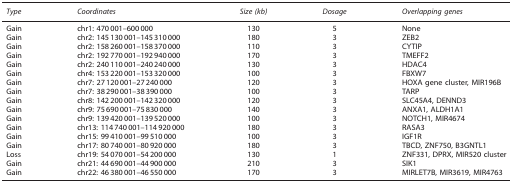
| Type | Coordinates | Size (kb) | Dosage | Overlapping genes |
 | --- | --- | --- | --- | --- |
 | Gain | chr1: 470 001–600 000 | 130 | 5 | None |
 | Gain | chr2: 145 130 001–145 310 000 | 180 | 3 | ZEB2 |
 | Gain | chr2: 158 260 001–158 370 000 | 110 | 3 | CYTIP |
 | Gain | chr2: 192 770 001–192 940 000 | 170 | 3 | TMEFF2 |
 | Gain | chr2: 240 110 001–240 240 000 | 130 | 3 | HDAC4 |
 | Gain | chr4: 153 220 001–153 320 000 | 100 | 3 | FBXW7 |
 | Gain | chr7: 27 120 001–27 240 000 | 120 | 3 | HOXA gene cluster, MIR196B |
 | Gain | chr7: 38 290 001–38 390 000 | 100 | 3 | TARP |
 | Gain | chr8: 142 200 001–142 320 000 | 120 | 3 | SLC45A4, DENND3 |
 | Gain | chr9: 75 690 001–75 830 000 | 140 | 3 | ANXA1, ALDH1A1 |
 | Gain | chr9: 139 420 001–139 520 000 | 100 | 3 | NOTCH1, MIR4674 |
 | Gain | chr13: 114 740 001–114 920 000 | 180 | 3 | RASA3 |
 | Gain | chr15: 99 410 001–99 510 000 | 100 | 3 | IGF1R |
 | Gain | chr17: 80 740 001–80 920 000 | 180 | 3 | TBCD, ZNF750, B3GNTL1 |
 | Loss | chr19: 54 070 001–54 200 000 | 130 | 1 | ZNF331, DPRX, MIR520 cluster |
 | Gain | chr21: 44 690 001–44 900 000 | 210 | 3 | SIK1 |
 | Gain | chr22: 46 380 001–46 550 000 | 170 | 3 | MIRLET7B, MIR3619, MIR4763 |